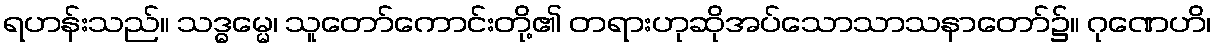
ရဟန်းသည်။ သဒ္ဓမ္မေ၊ သူတော်ကောင်းတို့၏ တရားဟုဆိုအပ်သောသာသနာတော်၌။ ဂုဏေဟိ၊